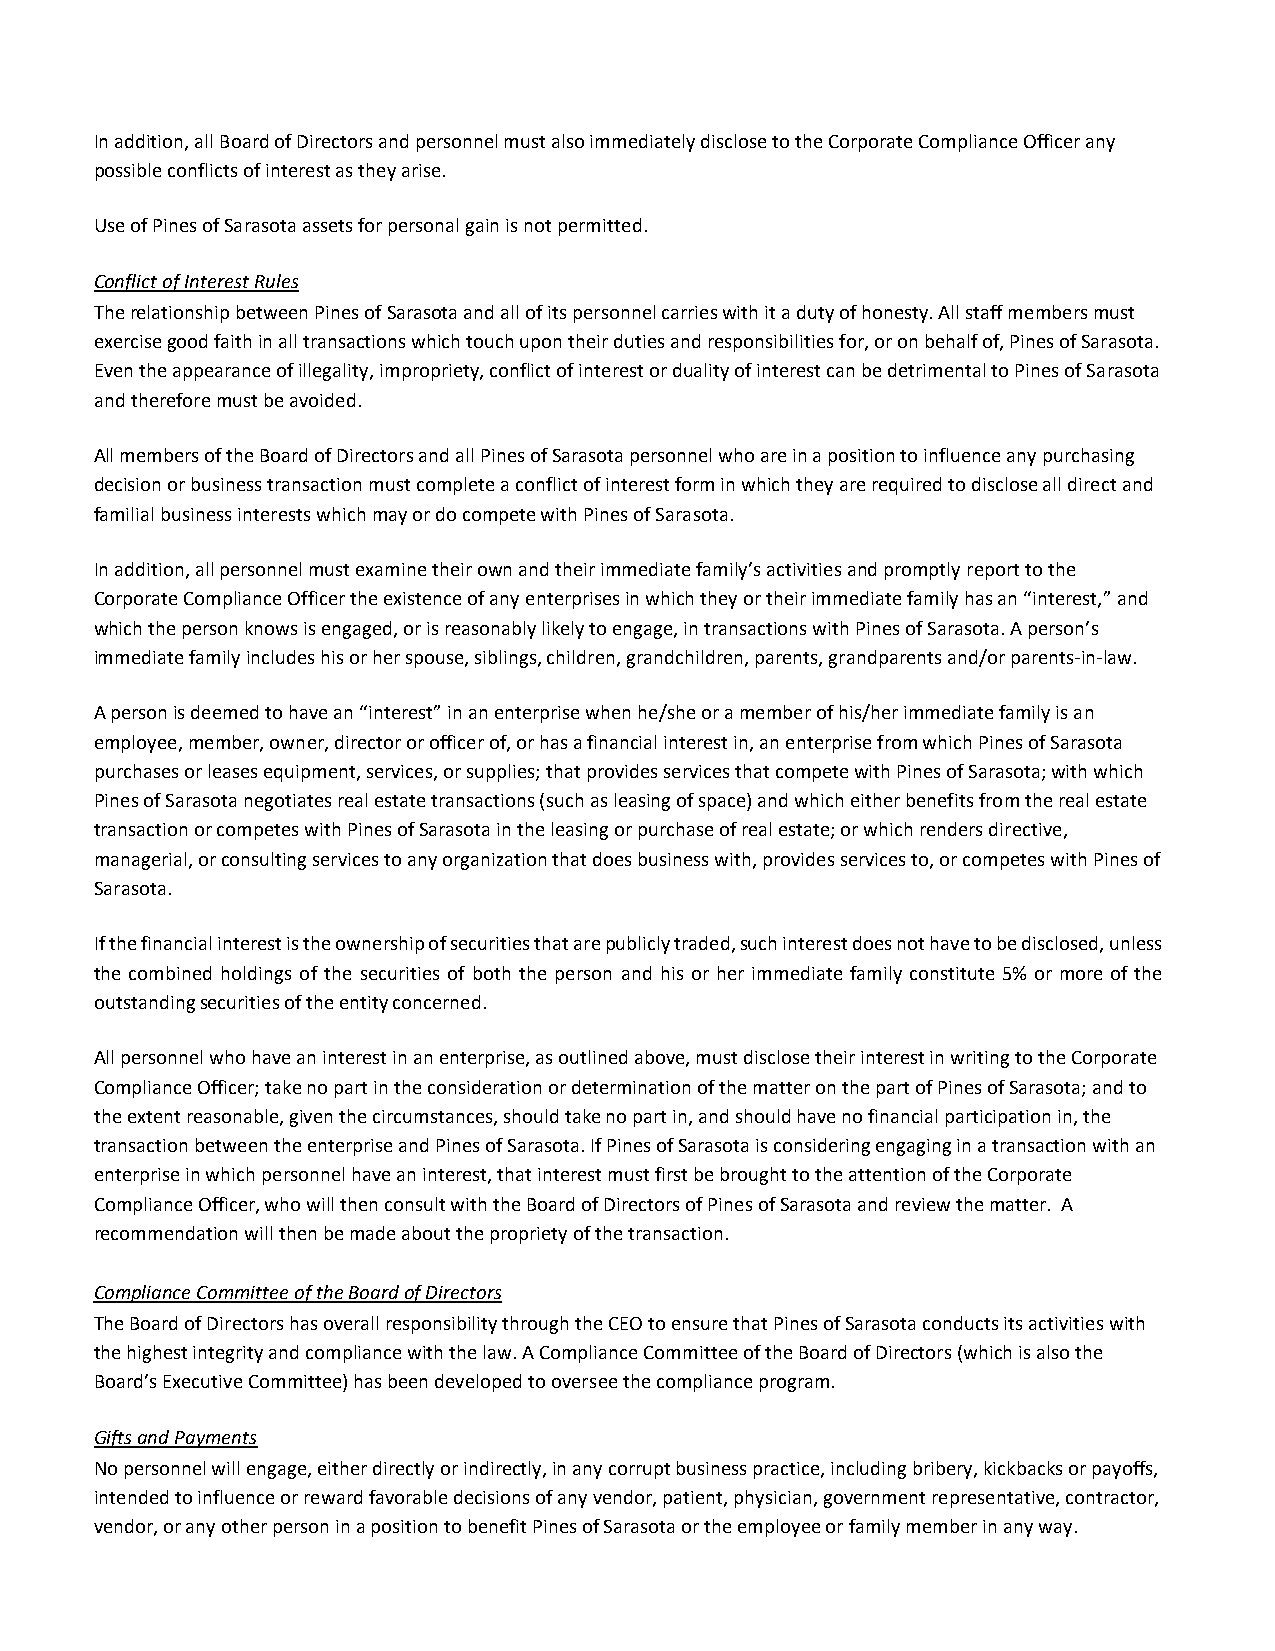
In addition, all Board of Directors and personnel must also immediately disclose to the Corporate Compliance Officer any
 possible conflicts of interest as they arise.
 Use of Pines of Sarasota assets for personal gain is not permitted.
 Conflict of Interest Rules
 The relationship between Pines of Sarasota and all of its personnel carries with it a duty of honesty. All staff members must
 exercise good faith in all transactions which touch upon their duties and responsibilities for, or on behalf of, Pines of Sarasota.
 Even the appearance of illegality, impropriety, conflict of interest or duality of interest can be detrimental to Pines of Sarasota
 and therefore must be avoided.
 All members of the Board of Directors and all Pines of Sarasota personnel who are in a position to influence any purchasing
 decision or business transaction must complete a conflict of interest form in which they are required to disclose all direct and
 familial business interests which may or do compete with Pines of Sarasota.
 In addition, all personnel must examine their own and their immediate family’s activities and promptly report to the
 Corporate Compliance Officer the existence of any enterprises in which they or their immediate family has an “interest,” and
 which the person knows is engaged, or is reasonably likely to engage, in transactions with Pines of Sarasota. A person’s
 immediate family includes his or her spouse, siblings, children, grandchildren, parents, grandparents and/or parents-in-law.
 A person is deemed to have an “interest” in an enterprise when he/she or a member of his/her immediate family is an
 employee, member, owner, director or officer of, or has a financial interest in, an enterprise from which Pines of Sarasota
 purchases or leases equipment, services, or supplies; that provides services that compete with Pines of Sarasota; with which
 Pines of Sarasota negotiates real estate transactions (such as leasing of space) and which either benefits from the real estate
 transaction or competes with Pines of Sarasota in the leasing or purchase of real estate; or which renders directive,
 managerial, or consulting services to any organization that does business with, provides services to, or competes with Pines of
 Sarasota.
 If the financial interest is the ownership of securities that are publicly traded, such interest does not have to be disclosed, unless
 the combined holdings of the securities of both the person and his or her immediate family constitute 5% or more of the
 outstanding securities of the entity concerned.
 All personnel who have an interest in an enterprise, as outlined above, must disclose their interest in writing to the Corporate
 Compliance Officer; take no part in the consideration or determination of the matter on the part of Pines of Sarasota; and to
 the extent reasonable, given the circumstances, should take no part in, and should have no financial participation in, the
 transaction between the enterprise and Pines of Sarasota. If Pines of Sarasota is considering engaging in a transaction with an
 enterprise in which personnel have an interest, that interest must first be brought to the attention of the Corporate
 Compliance Officer, who will then consult with the Board of Directors of Pines of Sarasota and review the matter. A
 recommendation will then be made about the propriety of the transaction.
 Compliance Committee of the Board of Directors
 The Board of Directors has overall responsibility through the CEO to ensure that Pines of Sarasota conducts its activities with
 the highest integrity and compliance with the law. A Compliance Committee of the Board of Directors (which is also the
 Board’s Executive Committee) has been developed to oversee the compliance program.
 Gifts and Payments
 No personnel will engage, either directly or indirectly, in any corrupt business practice, including bribery, kickbacks or payoffs,
 intended to influence or reward favorable decisions of any vendor, patient, physician, government representative, contractor,
 vendor, or any other person in a position to benefit Pines of Sarasota or the employee or family member in any way.